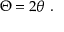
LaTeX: \Theta = 2 \theta \ .